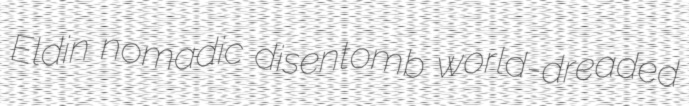
Eldin nomadic disentomb world-dreaded